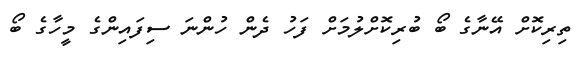
ތިރިކޮށް އޭނާގެ ބޯ ބުރިކޮށްލުމަށް ފަހު ދެން ހުންނަ ސިފައިންގެ މީހާގެ ބޯ